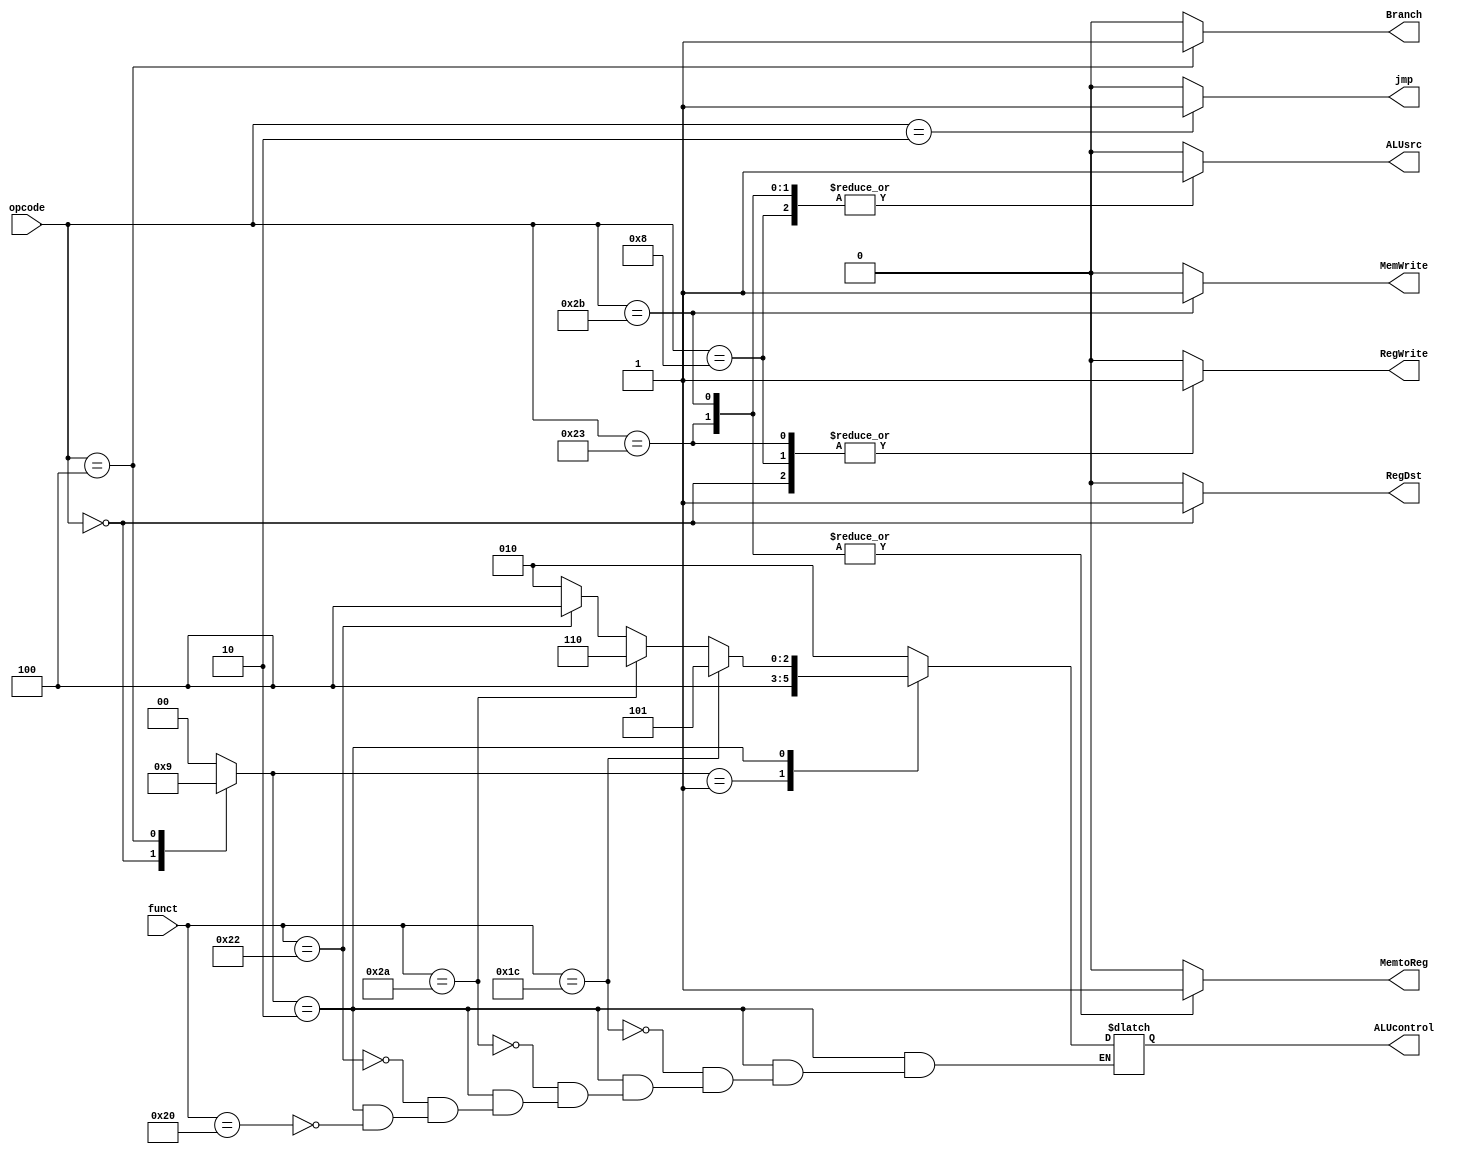
`timescale 1ns / 1ps
//////////////////////////////////////////////////////////////////////////////////
// Company: 
// Engineer: 
// 
// Design Name: 
// Module Name: control_unit
// Project Name: 
// Target Devices: 
// Tool Versions: 
// Description: 
// 
// Dependencies: 
// 
// Revision:
// Revision 0.01 - File Created
// Additional Comments:
// 
//////////////////////////////////////////////////////////////////////////////////


module control_unit(
   input [5:0] funct ,
   input [5:0] opcode ,
   output reg MemtoReg , MemWrite , Branch , 
   output reg ALUsrc , RegDst , RegWrite , 
   output reg [2:0] ALUcontrol ,
   output reg jmp 
    );
    
    reg [1:0] ALUop ; 
    
    localparam add = 6'b100000 , sub = 6'b100010 ,
               slt = 6'b101010 , mul = 6'b011100 ;
    
     always@(opcode) 
        begin  
        // default values 
         jmp = 1'b0 ;
         ALUop = 2'b00 ;
         MemWrite = 1'b0 ;
         RegWrite = 1'b0 ;
         RegDst = 1'b0 ; 
         ALUsrc = 1'b0 ; 
         MemtoReg = 1'b0 ;
         Branch = 1'b0 ;
        
         case(opcode) 
            6'b100011 :
             begin 
             RegWrite = 1'b1 ;
             ALUsrc = 1'b1 ; 
             MemtoReg = 1'b1 ;
            end
            
            6'b101011 :
            begin 
               MemWrite = 1'b1 ;
                ALUsrc = 1'b1 ; 
               MemtoReg = 1'b1 ;
             end
             
        6'b000000 :
                begin 
                   ALUop = 2'b10 ;
                  RegWrite = 1'b1 ;
                   RegDst = 1'b1 ; 
                  end     
         
         6'b001000 :
              begin 
             RegWrite = 1'b1 ;
                ALUsrc = 1'b1 ; 
               end     
               
         6'b000100 :
            begin 
                  ALUop = 2'b01 ;
                  Branch = 1'b1 ;
            end 
            
          6'b000010 :
              begin 
                  jmp = 1'b1 ;
              end         
              
       default :
             begin 
                       jmp = 1'b0 ;
                    ALUop = 2'b00 ;
                  MemWrite = 1'b0 ;
                  RegWrite = 1'b0 ;
                    RegDst = 1'b0 ; 
                    ALUsrc = 1'b0 ; 
                  MemtoReg = 1'b0 ;
                    Branch = 1'b0 ;
             end                     
         endcase
        end
        
        always@(funct or ALUop )
           begin 
            case(ALUop) 
            
              2'b00 : ALUcontrol = 3'b010 ;
              2'b01 : ALUcontrol = 3'b100 ;
               2'b10 : 
               begin 
                 if ( funct == add )  
                   ALUcontrol = 3'b010 ;
      
                 if ( funct == sub )  
                 ALUcontrol = 3'b100 ; 
               
               if ( funct == slt )  
                  ALUcontrol = 3'b110 ;
                  
              if ( funct == mul )  
                   ALUcontrol = 3'b101 ;    
               end 
              default : ALUcontrol = 3'b010 ;
             endcase
           end 
endmodule